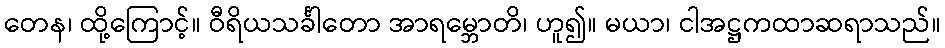
တေန၊ ထို့ကြောင့်။ ဝီရိယသင်္ခါတော အာရမ္ဘောတိ၊ ဟူ၍။ မယာ၊ ငါအဋ္ဌကထာဆရာသည်။